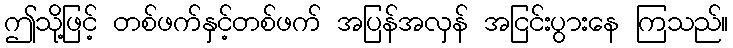
ဤသို့ဖြင့် တစ်ဖက်နှင့်တစ်ဖက် အပြန်အလှန် အငြင်းပွားနေ ကြသည်။